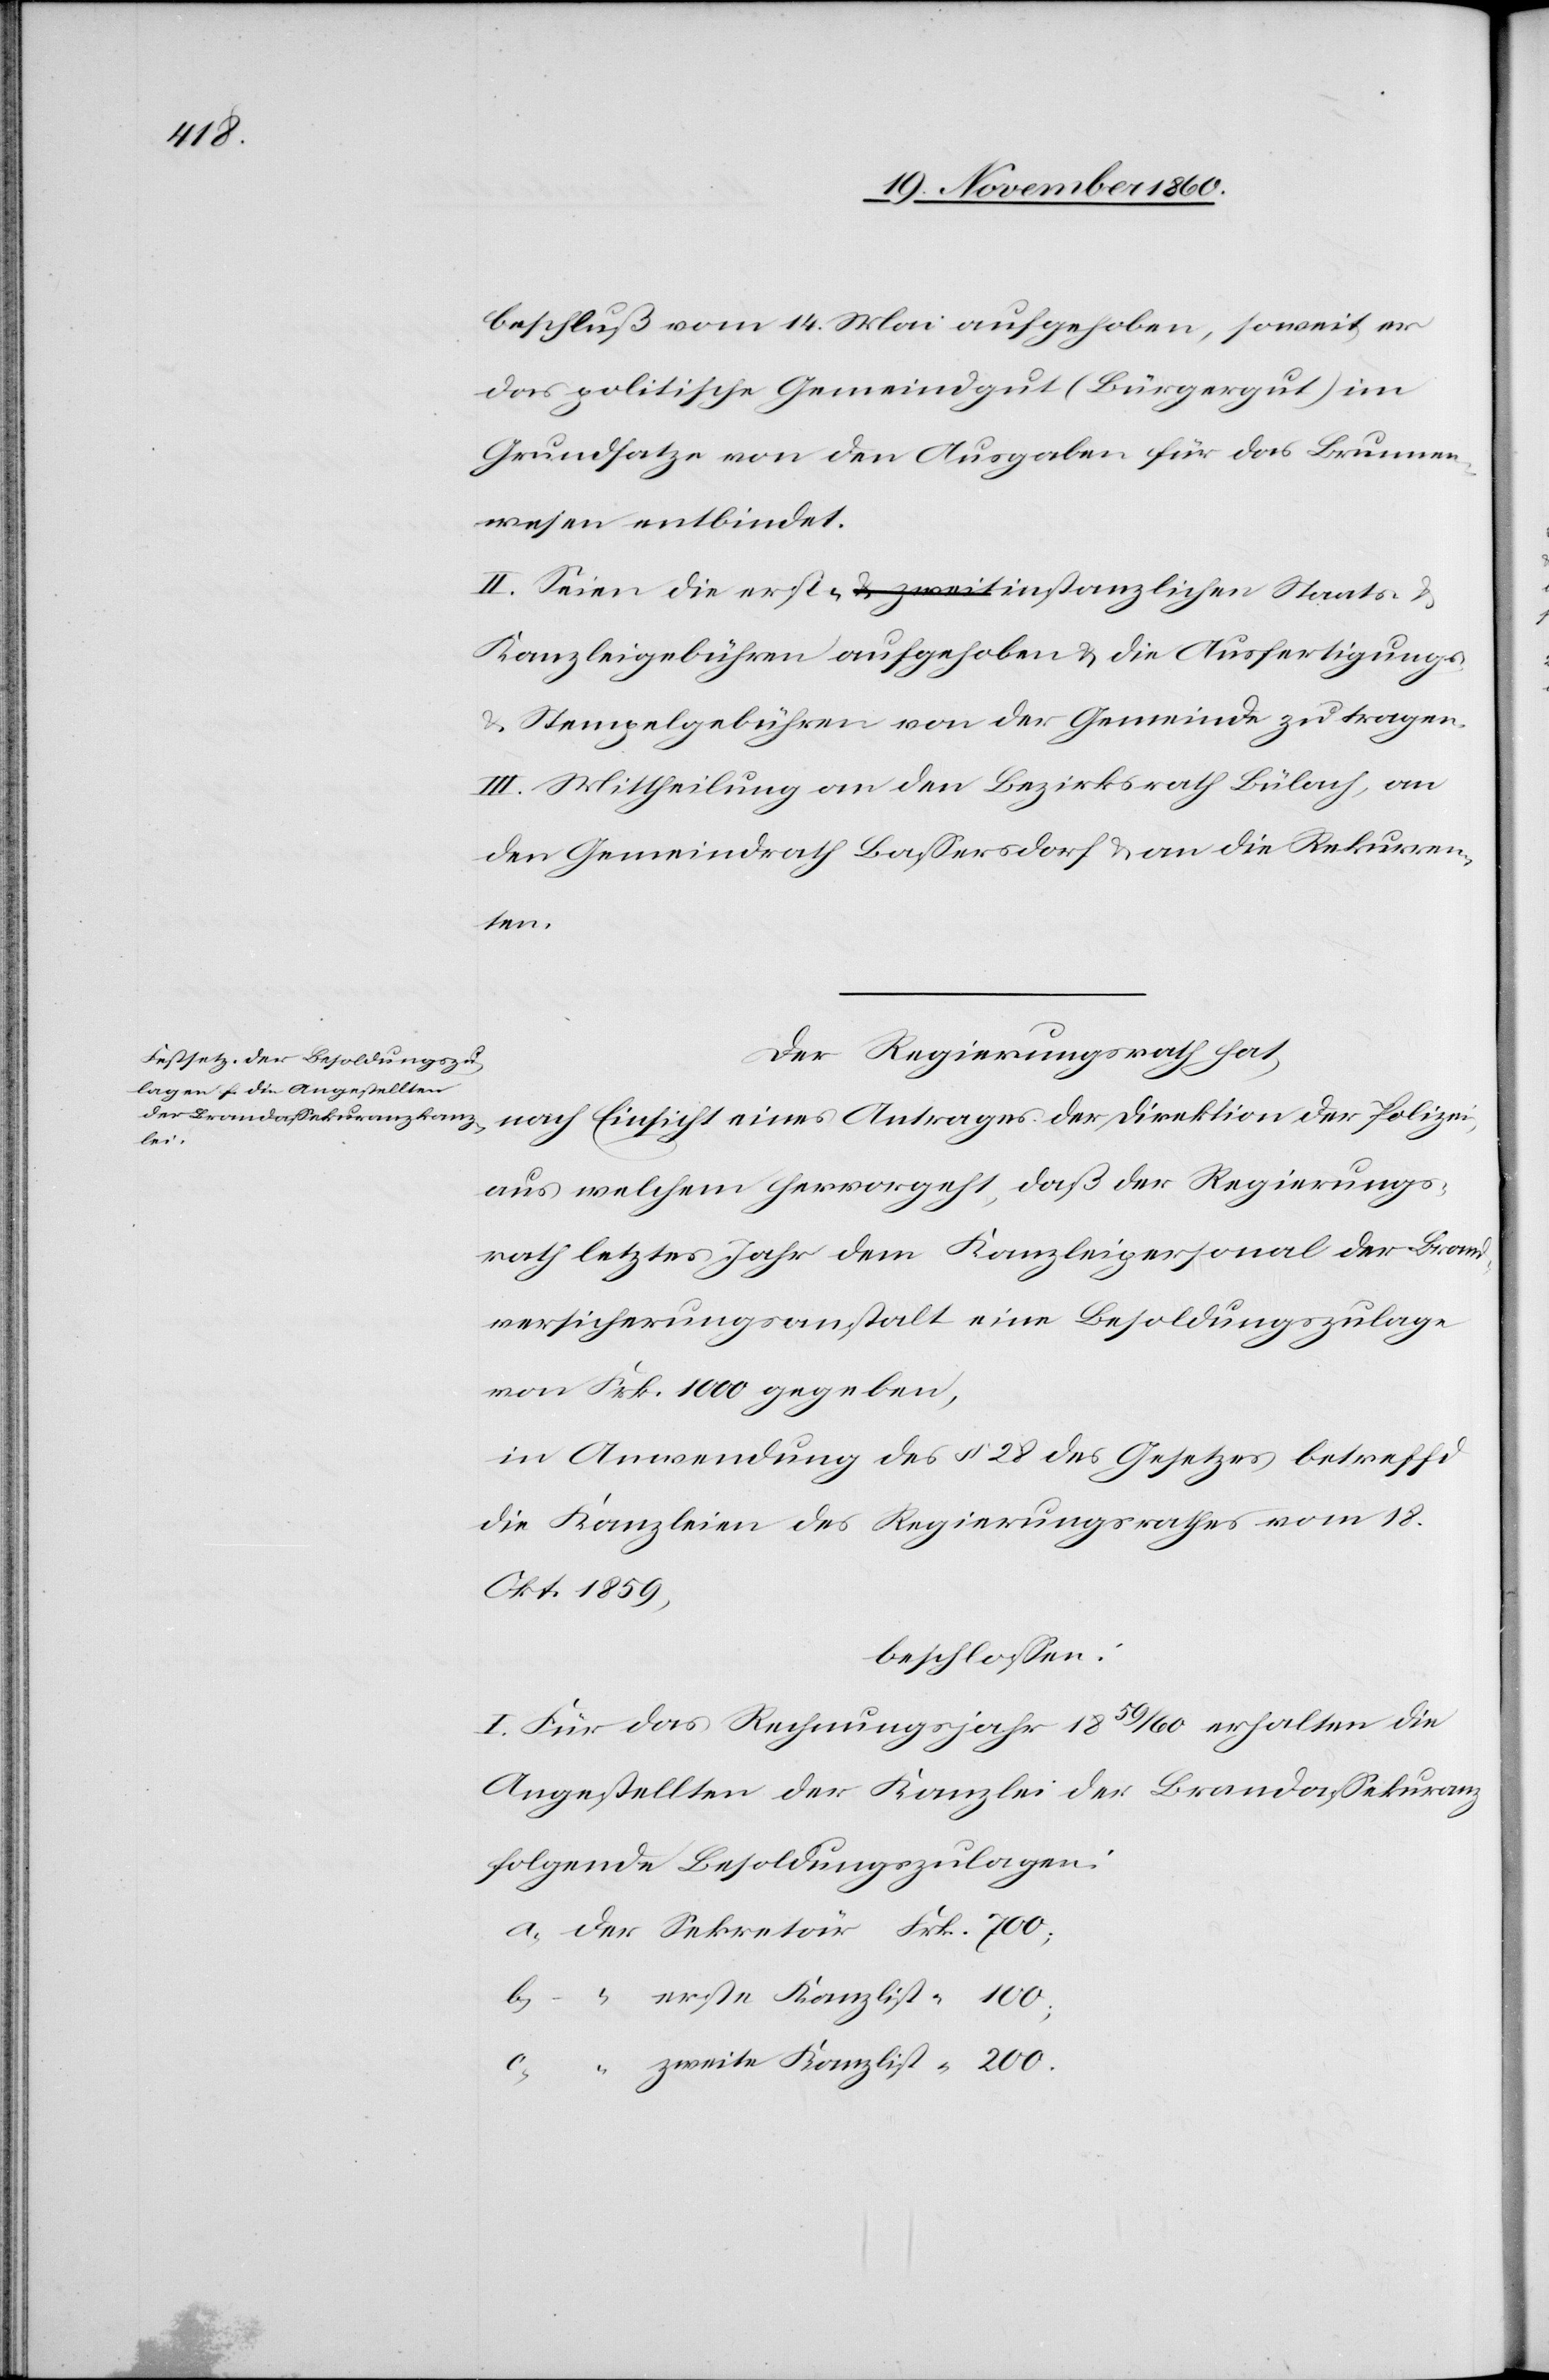
100;
zweite

beschluß vom 14. Mai aufgehoben, soweit er
das politische Gemeindgut (Bürgergut) im
Grundsatze von den Ausgaben für das Brunnen¬
wesen entbindet.
II. Seien die erst- u. zweit instanzlichen Staats- u.
Kanzleigebühren aufgehoben u. die Ausfertigungs-
Stempelgebühren von der Gemeinde zu tragen.
III. Mittheilung an den Bezirksrath Bülach, an
den Gemeindrath Bassersdorf u. an die Rekurren¬
ten.
Der Regierungsrath hat,
nach Einsicht eines Antrages der Direktion der Polizei,
aus welchem hervorgeht, daß der Regierungs¬
rath letztes Jahr dem Kanzleipersonal der Brand¬
versicherungsanstalt eine Besoldungszulage
von Frk. 1000 gegeben,
in Anwendung des § 28 des Gesetzes betreff[en]d
die Kanzleien des Regierungsrathes vom 18.
Okt. 1859,
beschlossen:
I. Für das Rechnungsjahr 1859/60 erhalten die
Angestellten der Kanzlei der Brandassekuranz
folgende Besoldungszulagen: